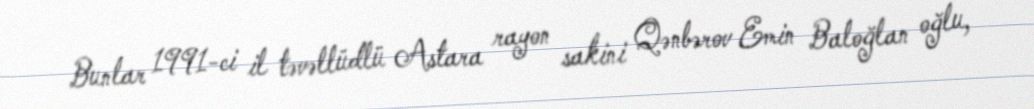
Bunlar 1991-ci il təvəllüdlü Astara rayon sakini Qənbərov Emin Baloğlan oğlu,